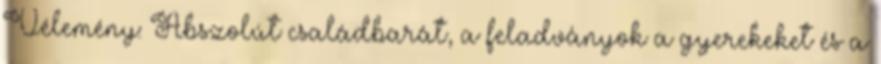
Vélemény: Abszolút családbarát, a feladványok a gyerekeket és a